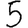
Digit: 5